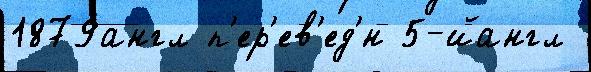
1879англ п'ер'ев'ед'́н 5-йангл